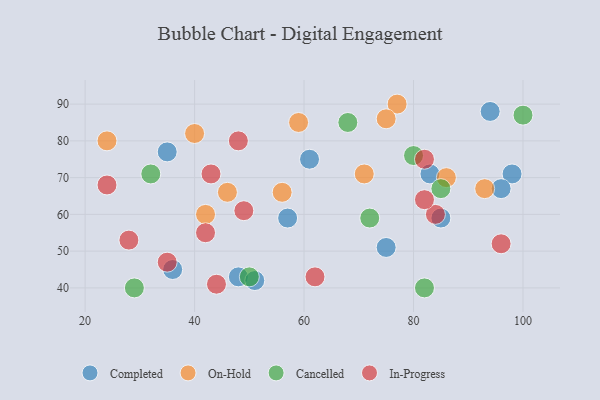
{"axis": {"x": "GDP", "y": "Life Expectancy"}, "legend": ["Cancelled", "Completed", "In-Progress", "On-Hold"], "data": [{"x": "48", "y": 43, "type": "Completed"}, {"x": "94", "y": 88, "type": "Completed"}, {"x": "61", "y": 75, "type": "Completed"}, {"x": "98", "y": 71, "type": "Completed"}, {"x": "96", "y": 67, "type": "Completed"}, {"x": "51", "y": 42, "type": "Completed"}, {"x": "36", "y": 45, "type": "Completed"}, {"x": "35", "y": 77, "type": "Completed"}, {"x": "75", "y": 51, "type": "Completed"}, {"x": "85", "y": 59, "type": "Completed"}, {"x": "57", "y": 59, "type": "Completed"}, {"x": "83", "y": 71, "type": "Completed"}, {"x": "40", "y": 82, "type": "On-Hold"}, {"x": "77", "y": 90, "type": "On-Hold"}, {"x": "71", "y": 71, "type": "On-Hold"}, {"x": "93", "y": 67, "type": "On-Hold"}, {"x": "86", "y": 70, "type": "On-Hold"}, {"x": "24", "y": 80, "type": "On-Hold"}, {"x": "46", "y": 66, "type": "On-Hold"}, {"x": "75", "y": 86, "type": "On-Hold"}, {"x": "56", "y": 66, "type": "On-Hold"}, {"x": "42", "y": 60, "type": "On-Hold"}, {"x": "59", "y": 85, "type": "On-Hold"}, {"x": "32", "y": 71, "type": "Cancelled"}, {"x": "68", "y": 85, "type": "Cancelled"}, {"x": "85", "y": 67, "type": "Cancelled"}, {"x": "50", "y": 43, "type": "Cancelled"}, {"x": "29", "y": 40, "type": "Cancelled"}, {"x": "100", "y": 87, "type": "Cancelled"}, {"x": "82", "y": 40, "type": "Cancelled"}, {"x": "80", "y": 76, "type": "Cancelled"}, {"x": "72", "y": 59, "type": "Cancelled"}, {"x": "44", "y": 41, "type": "In-Progress"}, {"x": "28", "y": 53, "type": "In-Progress"}, {"x": "96", "y": 52, "type": "In-Progress"}, {"x": "48", "y": 80, "type": "In-Progress"}, {"x": "62", "y": 43, "type": "In-Progress"}, {"x": "82", "y": 75, "type": "In-Progress"}, {"x": "35", "y": 47, "type": "In-Progress"}, {"x": "43", "y": 71, "type": "In-Progress"}, {"x": "49", "y": 61, "type": "In-Progress"}, {"x": "84", "y": 60, "type": "In-Progress"}, {"x": "24", "y": 68, "type": "In-Progress"}, {"x": "82", "y": 64, "type": "In-Progress"}, {"x": "42", "y": 55, "type": "In-Progress"}]}